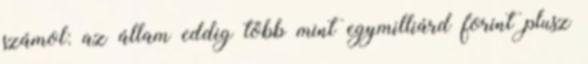
számol: az állam eddig több mint egymilliárd forint plusz